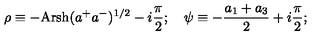
\rho \equiv - \mathrm { A r } \mathrm { s h } ( a ^ { + } a ^ { - } ) ^ { 1 / 2 } - i \frac { \pi } { 2 } ; \quad \psi \equiv - \frac { a _ { 1 } + a _ { 3 } } { 2 } + i \frac { \pi } { 2 } ;